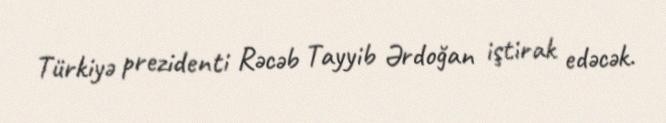
Türkiyə prezidenti Rəcəb Tayyib Ərdoğan iştirak edəcək.